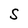
Character: S